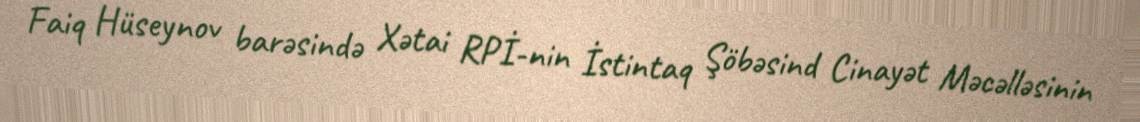
Faiq Hüseynov barəsində Xətai RPİ-nin İstintaq Şöbəsind Cinayət Məcəlləsinin